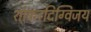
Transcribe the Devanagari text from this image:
शांकरदिग्विजय